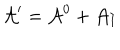
LaTeX: { \cal A } ^ { \prime } = { \cal A } ^ { 0 } + { \cal A } _ { I }